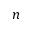
n